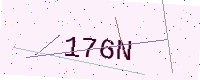
Text: 176N